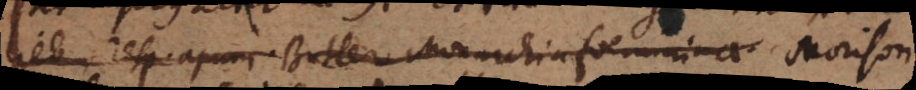
lieb resp. apum Butler Monarchia foeminina Morison